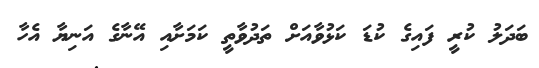
ބަދަލު ކުރީ ފައިގެ ކުޑަ ކަޅުވާއަށް ތަދުވާތީ ކަމަށާއި އޭނާގެ އަނިޔާ އެހާ